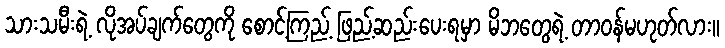
သားသမီးရဲ့ လိုအပ်ချက်တွေကို စောင့်ကြည့် ဖြည့်ဆည်းပေးရမှာ မိဘတွေရဲ့ တာဝန်မဟုတ်လား။